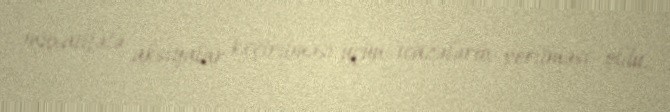
müxalifətə aksiyalar keçirilməsi üçün icazələrin verilməsi oldu.